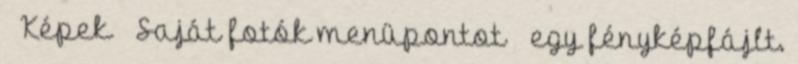
→ Képek → Saját fotók menüpontot → egy fényképfájlt.